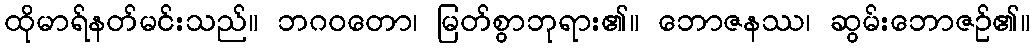
ထိုမာရ်နတ်မင်းသည်။ ဘဂဝတော၊ မြတ်စွာဘုရား၏။ ဘောဇနဿ၊ ဆွမ်းဘောဇဉ်၏။